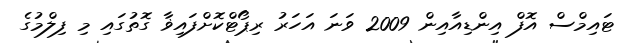
ޓައިމްސް އޮފް އިންޑިއާއިން 2009 ވަނަ އަހަރު ރިޕޯޓްކޮށްފައިޥާ ގޮތުގައި މި ފިލްމުގެ